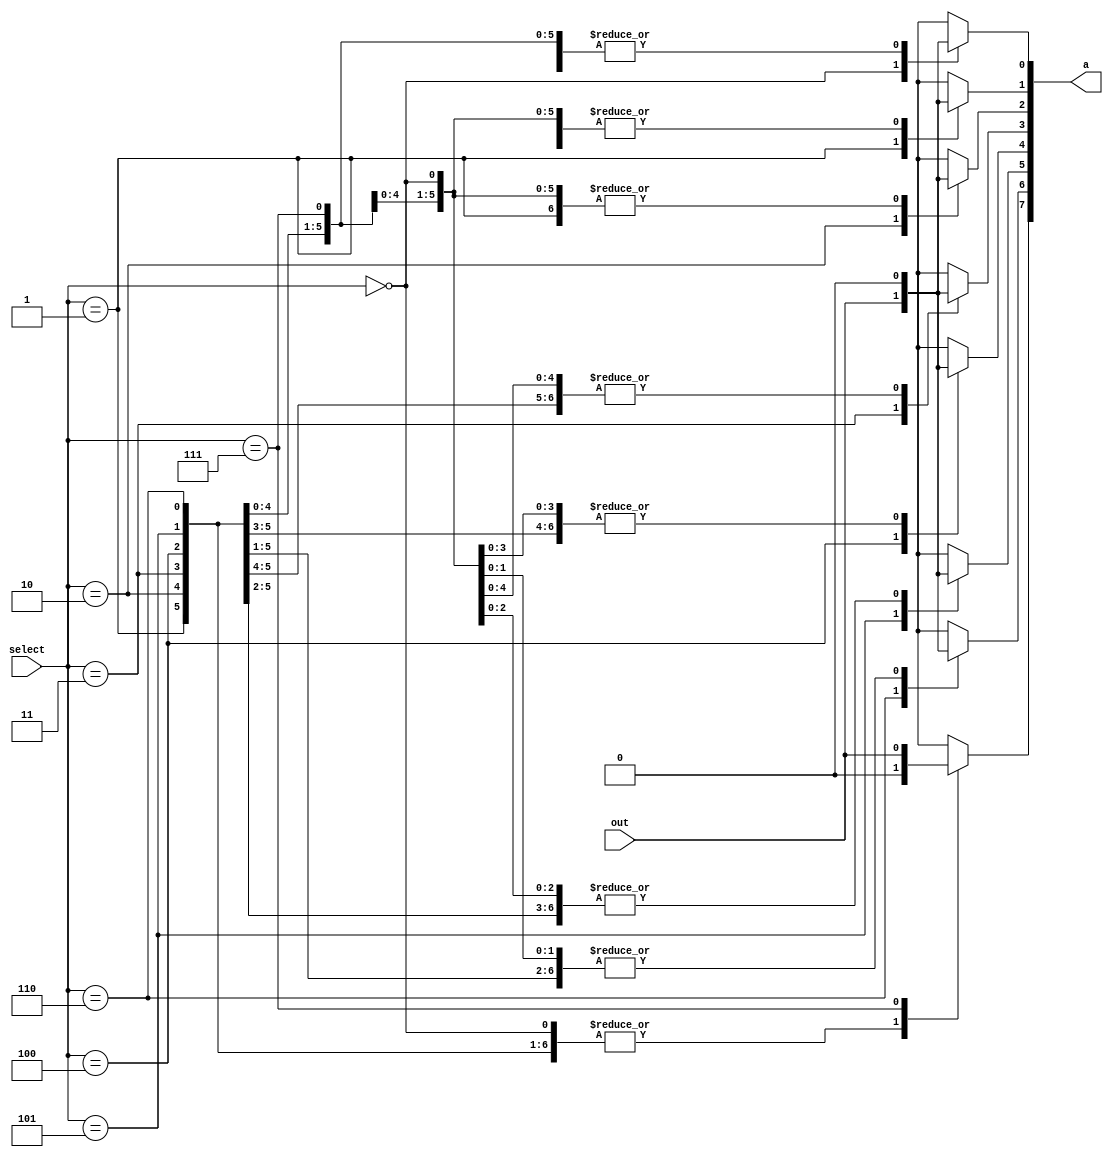
`timescale 1ns / 1ps
//////////////////////////////////////////////////////////////////////////////////
// Company: 
// Engineer: 
// 
// Design Name: 
// Module Name:    decoder_3_to_8 
// Project Name: 
// Target Devices: 
// Tool versions: 
// Description: 
//
// Dependencies: 
//
// Revision: 
// Revision 0.01 - File Created
// Additional Comments: 
//
//////////////////////////////////////////////////////////////////////////////////
module decoder_3_to_8(
    output reg[0:7] a,
    input out,
    input[0:2] select
    );
always@(a or select)
begin
a = 0;
case(select)
	0: a[7] = out;
	1: a[6] = out;
	2: a[5] = out;
	3: a[4] = out;
	4: a[3] = out;
	5: a[2] = out;
	6: a[1] = out;
	7: a[0] = out;
endcase
end
endmodule